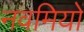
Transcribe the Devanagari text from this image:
नवमियों